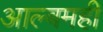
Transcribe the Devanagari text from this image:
आल्बमही